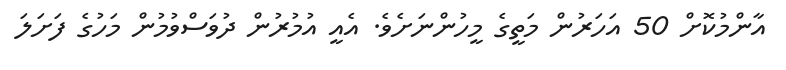
އާންމުކޮށް 50 އަހަރުން މަތީގެ މީހުންނަށެވެ. އެއީ އުމުރުން ދުވަސްވުމުން މަހުގެ ފަށަލަ